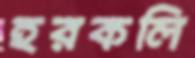
হরকলি